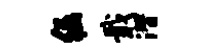
倔戢潜